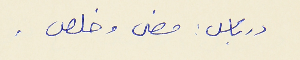
درباس : مضى وخلص .